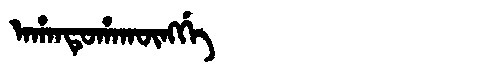
Manchu: ᠠᡥᠠᠨᡨᡠᡥᠠᡴᡡᠩᡤᡝ
Romanization: AHANTUHAKŪNGGE